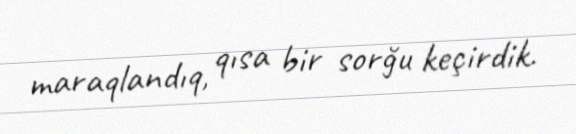
maraqlandıq, qısa bir sorğu keçirdik.